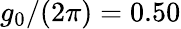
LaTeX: g_{0}/(2\pi)=0.50